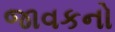
જાવકનો